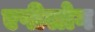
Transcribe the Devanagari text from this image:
एपीलोग